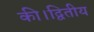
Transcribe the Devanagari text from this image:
की।द्वितीय